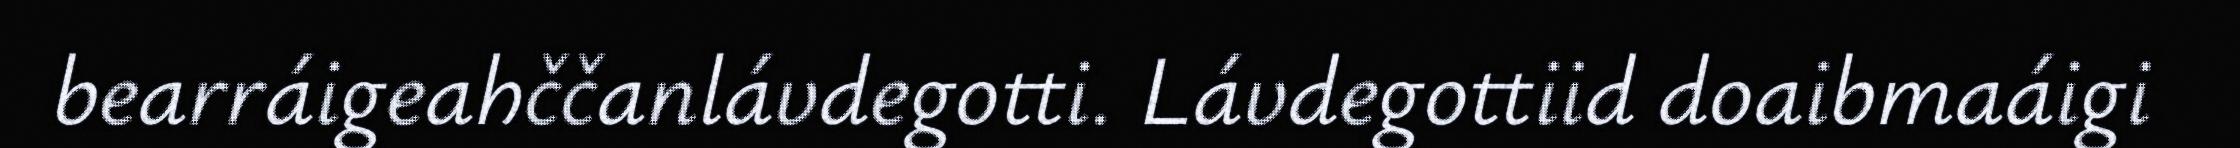
bearráigeahččanlávdegotti. Lávdegottiid doaibmaáigi